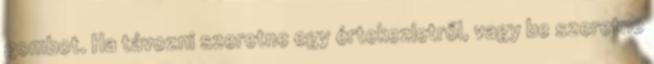
gombot. Ha távozni szeretne egy értekezletről, vagy be szeretne